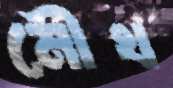
মৌখ